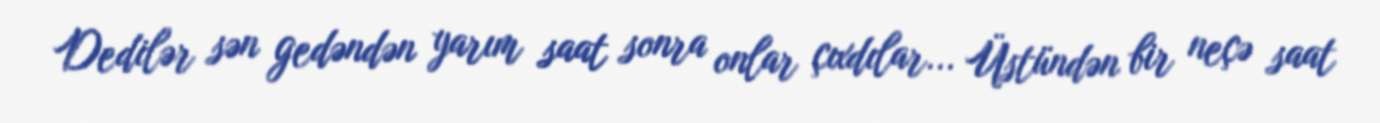
Dedilər sən gedəndən yarım saat sonra onlar çıxdılar... Üstündən bir neçə saat